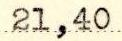
21,40